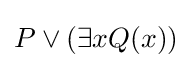
P\lor (\exists xQ(x))